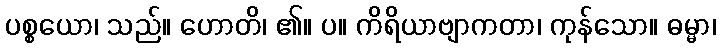
ပစ္စယော၊ သည်။ ဟောတိ၊ ၏။ ပ။ ကိရိယာဗျာကတာ၊ ကုန်သော။ ဓမ္မာ၊